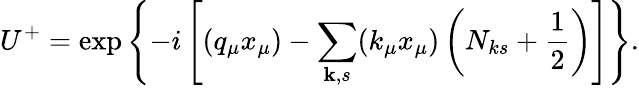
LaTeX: U^{+}=\exp\left\{ -i\left[(q_{\mu}x_{\mu})-\sum_{\mathbf{k},s}(k_{\mu}x_{\mu})\left(N_{ks}+\frac 12\right)\right]\right\} .